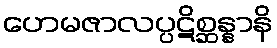
ဟေမဇာလပ္ပဋိစ္ဆန္နာနိ